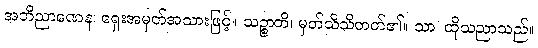
အဘိညာဏေန၊ ရှေးအမှတ်အသားဖြင့်။ သဉ္စာတိ၊ မှတ်သိသိတတ်၏။ သာ၊ ထိုသညာသည်။